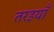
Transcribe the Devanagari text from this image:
तरइयाँ